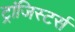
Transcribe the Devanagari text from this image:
ट्रांजिस्टर्स